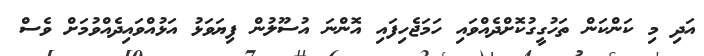
އަދި މި ކަންކަން ތަހުގީގުކޮށްދެއްވައި ހަމަޖެހިފައި އޮންނަ އުސޫލުން ފިޔަވަޅު އަޅުއްވައިދެއްވުމަށް ވެސް